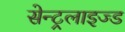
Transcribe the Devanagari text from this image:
सेन्ट्रलाइज्ड